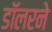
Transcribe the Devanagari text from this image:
डॉलरने